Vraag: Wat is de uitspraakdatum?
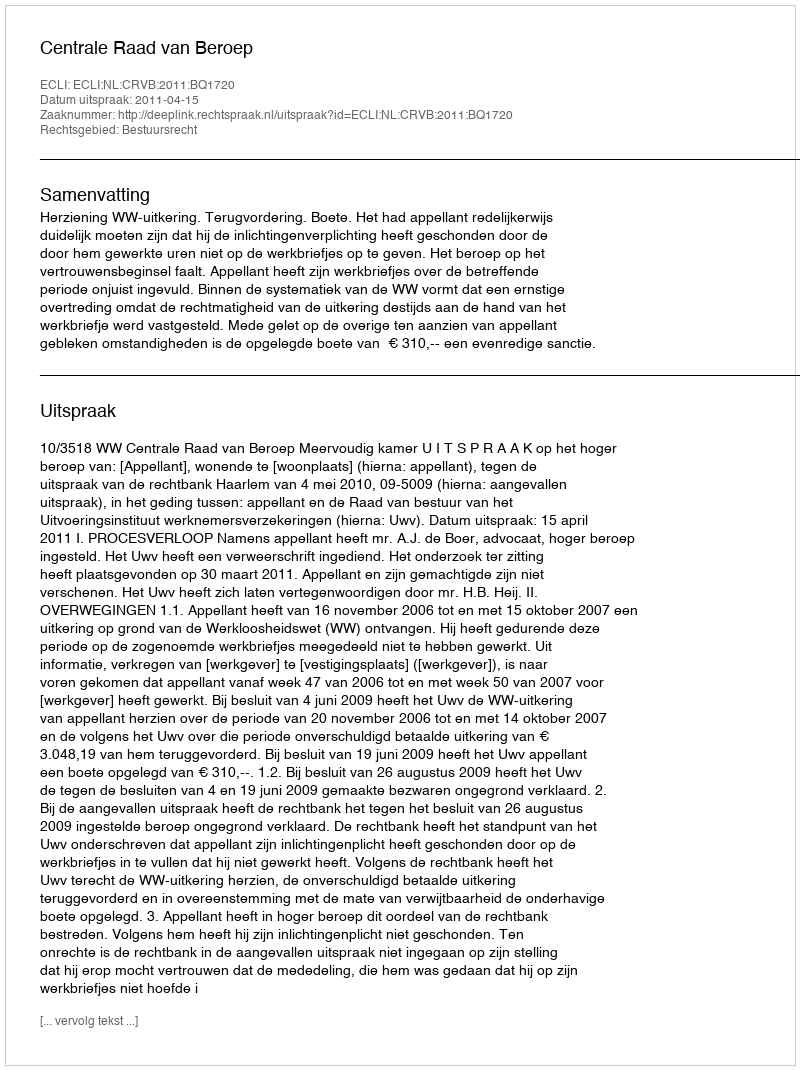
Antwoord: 2011-04-15